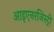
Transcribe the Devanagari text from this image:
आइएनरजिस्ट्री